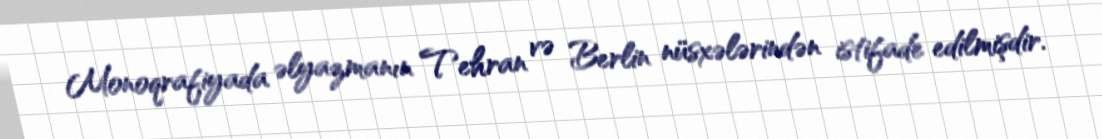
Monoqrafiyada əlyazmanın Tehran və Berlin nüsxələrindən istifade edilmişdir.